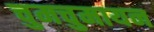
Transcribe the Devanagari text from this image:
चुमचुमायन